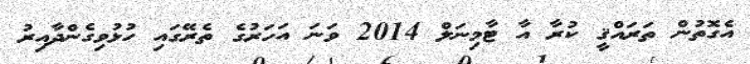
އެގޮތުން ތަރައްޤީ ކުރާ އާ ޓާމިނަލް 2014 ވަނަ އަހަރުގެ ތެރޭގައި ހުޅުވިގެންދާއިރު